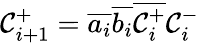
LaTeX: \mathcal{C}_{i+1}^{+}={\overline{{{a_{i}}}}}{\overline{{{b_{i}}}}}{\overline{{{\mathcal{C}_{i}^{+}}}}}\mathcal{C}_{i}^{-}